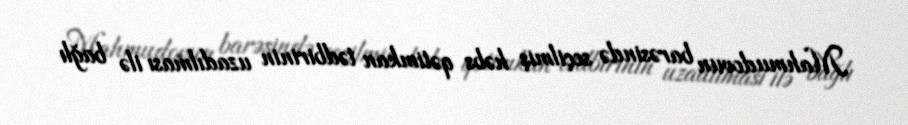
Mahmudovun barəsində seçilmiş həbs qətimkan tədbirinin uzadılması ilə bağlı